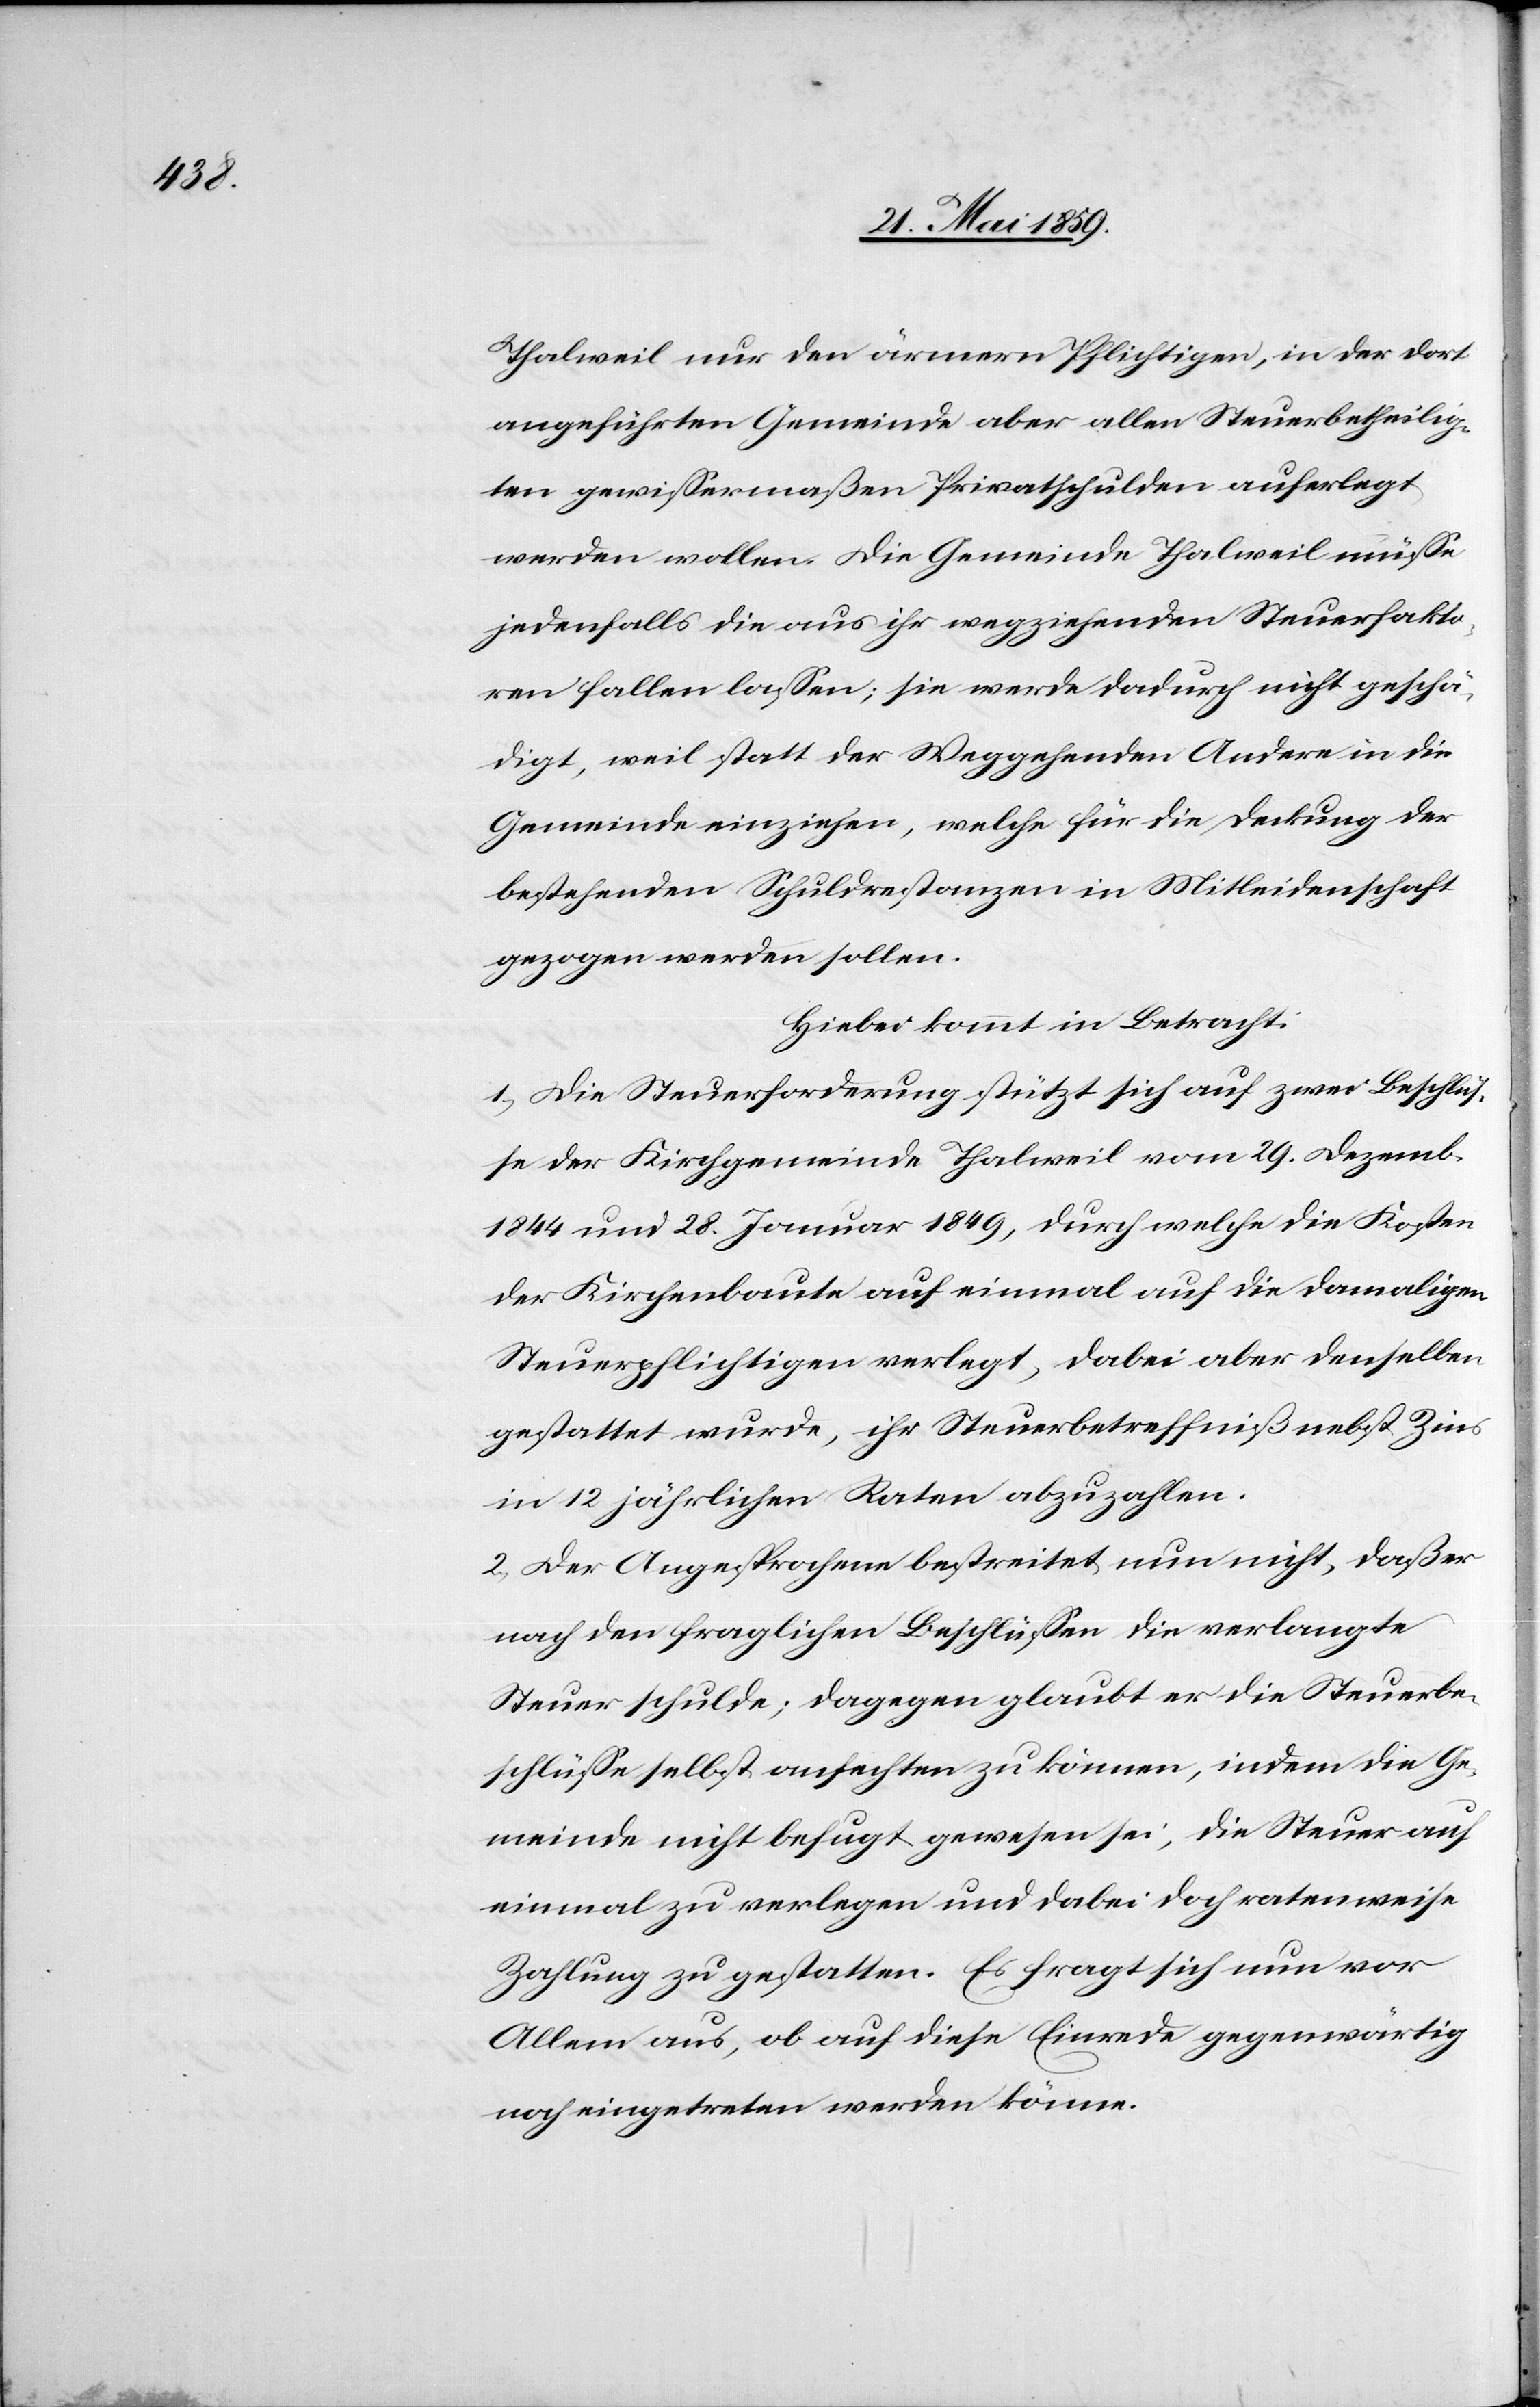
Thalweil nur den ärmern Pflichtigen, in der dort
angeführten Gemeinde aber allen Steuerbetheilig¬
ten gewissermaßen Privatschulden auferlegt
werden wollen. Die Gemeinde Thalweil müsse
jedenfalls die aus ihr wegziehenden Steuerfakto¬
ren fallen lassen; sie werde dadurch nicht geschä¬
digt, weil statt der Weggehenden Andere in die
Gemeinde einziehen, welche für die Deckung der
bestehenden Schuldrestanzen in Mitleidenschaft
gezogen werden sollen.
Hiebei kommt in Betracht:
1) Die Steuerforderung stützt sich auf zwei Beschlüß¬
e der Kirchgemeinde Thalweil vom 29. Dezemb.
1844 und 28. Januar 1849, durch welche die Kosten
der Kirchenbaute auf einmal auf die damaligen
Steuerpflichtigen verlegt, dabei aber denselben
gestattet wurde, ihr Steuerbetreffniß nebst Zins
in 12 jährlichen Raten abzuzahlen.
2) Der Angesprochene bestreitet nun nicht, daß er
nach den fraglichen Beschlüssen die verlangte
Steuer schulde; dagegen glaubt er die Steuerbe¬
schlüsse selbst anfechten zu können, indem die Ge¬
meinde nicht befugt gewesen sei, die Steuer auf
einmal zu verlegen und dabei doch ratenweise
Zahlung zu gestatten. Es fragt sich nun vor
Allem aus, ob auf diese Einrede gegenwärtig
noch eingetreten werden könne.